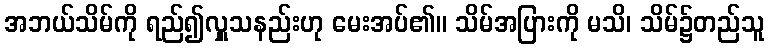
အဘယ်သိမ်ကို ရည်၍လှူသနည်းဟု မေးအပ်၏။ သိမ်အပြားကို မသိ၊ သိမ်၌တည်သူ